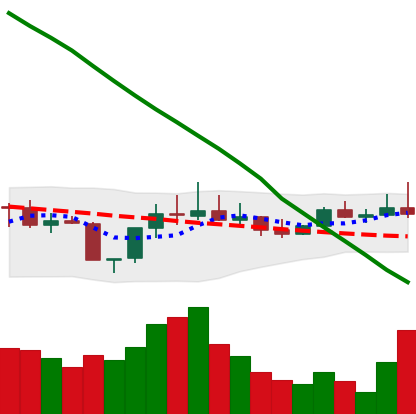
Ticker: DOGE-USD
Chart end date: 2022-08-09
Forward return: 18.173%
Label: up_7plus